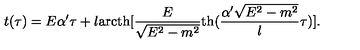
t ( \tau ) = E \alpha ^ { \prime } \tau + l \mathrm { a r c t h } [ \frac { E } { \sqrt { E ^ { 2 } - m ^ { 2 } } } \mathrm { t h } ( \frac { \alpha ^ { \prime } \sqrt { E ^ { 2 } - m ^ { 2 } } } { l } \tau ) ] .